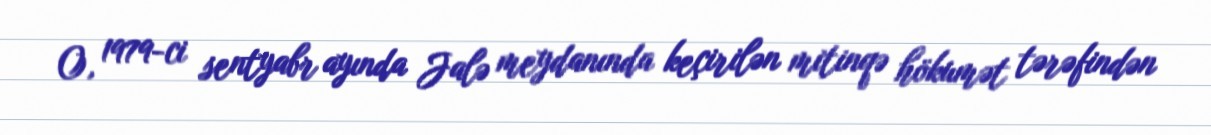
O, 1979-ci sentyabr ayında Jalə meydanında keçirilən mitinqə hökumət tərəfindən